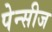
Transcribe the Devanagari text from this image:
पेन्सीज